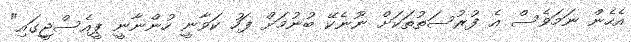
އެހެން ނަމަވެސް އެ ފުރުސަތުތަކަށް ނޫނެކޭ ބުނުމަށް ފަހު ކަވާނީ ހުންނާނީ ޕީއެސްޖީގައި"